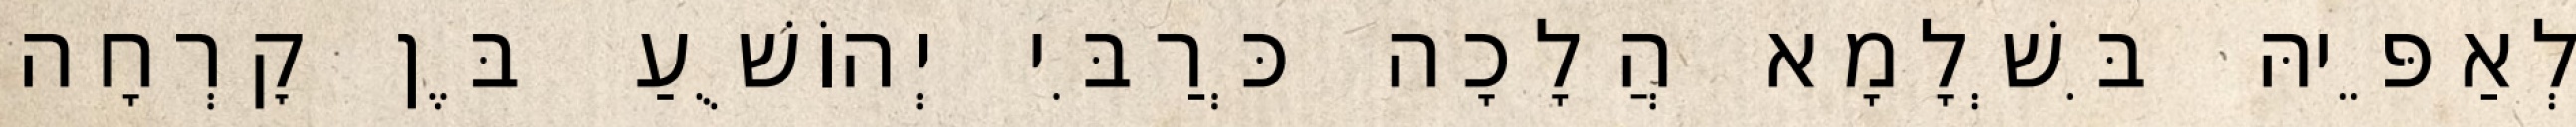
לְאַפֵּיהּ בִּשְׁלָמָא הֲלָכָה כְּרַבִּי יְהוֹשֻׁעַ בֶּן קׇרְחָה